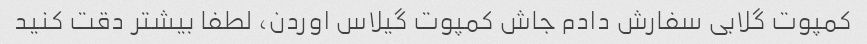
کمپوت گلابی سفارش دادم جاش کمپوت گیلاس اوردن، لطفا بیشتر دقت کنید